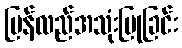
ပြန်လည်အသုံးပြုခြင်း